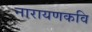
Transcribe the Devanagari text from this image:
नारायणकवि